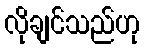
လိုချင်သည်ဟု